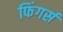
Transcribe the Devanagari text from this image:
फिंगर्स